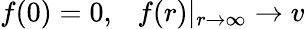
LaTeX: f(0)=0,~~~f(r)|_{r\rightarrow\infty}\rightarrow v